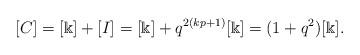
LaTeX: \begin{align*}[C]=[\Bbbk] +[I] =[\Bbbk]+q^{2(kp+1)}[\Bbbk]=(1+q^2)[\Bbbk].\end{align*}